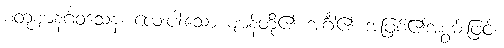
စတုဈာနင်္ဂဝသေန၊ လေးပါးသော ဈာန်တို့၏ အင်္ဂါ၏ အဖြစ်၏အစွမ်းဖြင့်။